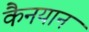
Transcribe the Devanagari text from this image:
कैनयान